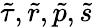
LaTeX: \tilde{\tau},\tilde{r},\tilde{p},\tilde{s}